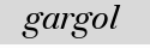
gargol